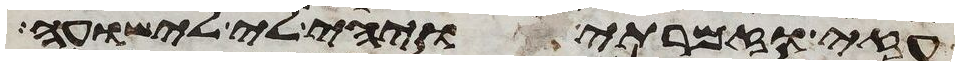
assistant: עזי וזמרתי ויהי לי לישועה